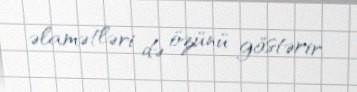
əlamətləri də özünü göstərir.